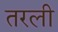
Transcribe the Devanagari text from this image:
तरली